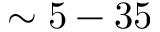
\sim 5 - 3 5